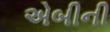
એબીની